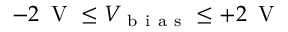
- 2 \, \mathrm { ~ V ~ } \leq V _ { \mathrm { ~ b ~ i ~ a ~ s ~ } } \leq + 2 \, \mathrm { ~ V ~ }